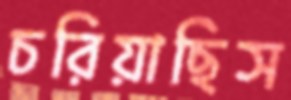
চরিয়াছিস